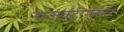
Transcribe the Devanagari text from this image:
राजवटीनुसार